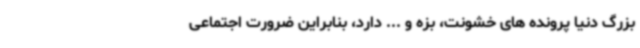
بزرگ دنیا پرونده های خشونت، بزه و ... دارد، بنابراین ضرورت اجتماعی